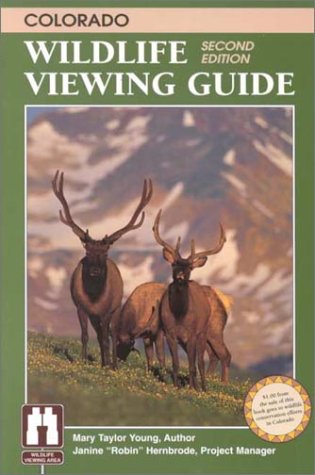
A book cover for Colorado Wildlife Viewing Guide (Wildlife Viewing Guides Series); Mary Taylor Young; Travel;